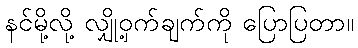
နင်မို့လို့ လျှို့ဝှက်ချက်ကို ပြောပြတာ။